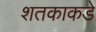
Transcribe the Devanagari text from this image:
शतकाकडे